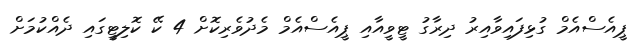
ޕީއެސްއެމް ގުޅިފައިވާއިރު ދިރާގު ޓީވީއާއި ޕީއެސްއެމް މެދުވެރިކޮށް 4 ކޭ ކޮލިޓީގައި ދެއްކުމަށް